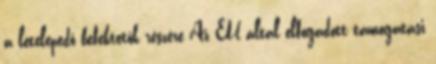
a letelepedő befektetők részére Az EU által elfogadott támogatási